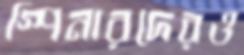
স্পিনারদেরও